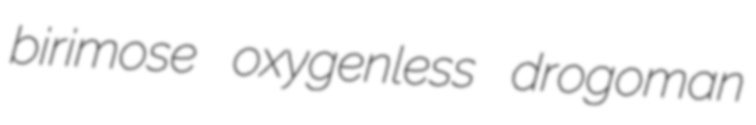
birimose oxygenless drogoman